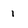
Character: 1